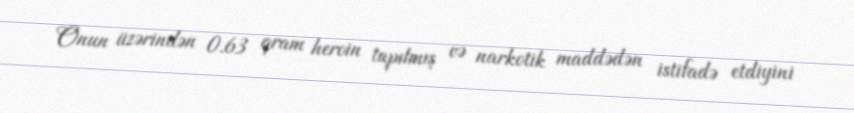
Onun üzərindən 0.63 qram heroin tapılmış və narkotik maddədən istifadə etdiyini